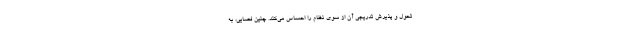
تحول و پذیرش تدریجی آن از سوی نظام را احساس می‌کند. چنین فضایی، به